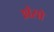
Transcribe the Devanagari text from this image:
ओसो